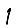
Digit: 1